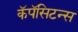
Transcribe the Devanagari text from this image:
कॅपॅसिटन्स